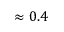
\approx 0 . 4